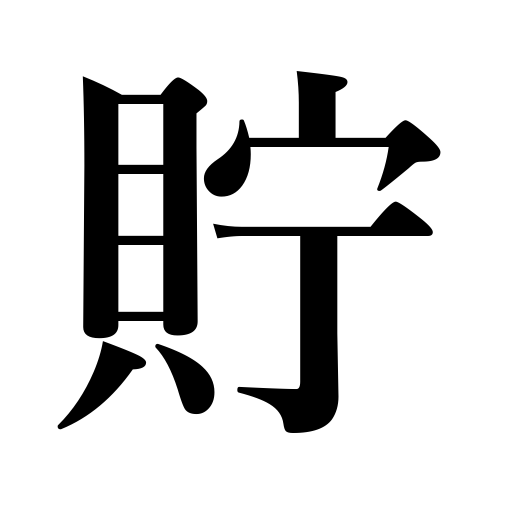
Meanings: lay in stock,wear a mustache,store,keep,save